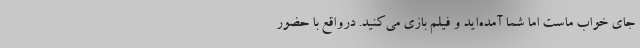
جای خواب ماست اما شما آمده‌اید و فیلم بازی می‌کنید. درواقع با حضور